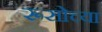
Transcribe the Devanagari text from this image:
रूसोच्या